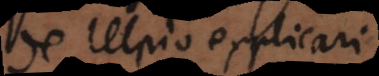
de Ulpio explicari.